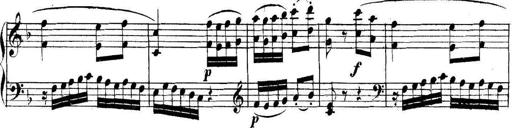
Title: Collected Piano Sonatas
Composer: Muzio Clementi